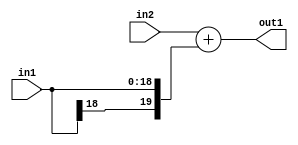
`timescale 1ps / 1ps
/*****************************************************************************
    Verilog RTL Description
    
    
    Created by: Stratus DpOpt 2019.1.01 
*******************************************************************************/

module SobelFilter_Add_20Sx19S_20S_1 (
	in2,
	in1,
	out1
	); /* architecture "behavioural" */ 
input [19:0] in2;
input [18:0] in1;
output [19:0] out1;
wire [19:0] asc001;

assign asc001 = 
	+(in2)
	+({in1[18], in1});

assign out1 = asc001;
endmodule

/* CADENCE  ubLzQwE= : u9/ySgnWtBlWxVPRXgAZ4Og= ** DO NOT EDIT THIS LINE ******/